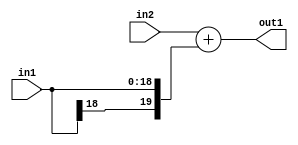
`timescale 1ps / 1ps
/*****************************************************************************
    Verilog RTL Description
    
    
    Created by: Stratus DpOpt 2019.1.01 
*******************************************************************************/

module SobelFilter_Add_20Sx19S_20S_1 (
	in2,
	in1,
	out1
	); /* architecture "behavioural" */ 
input [19:0] in2;
input [18:0] in1;
output [19:0] out1;
wire [19:0] asc001;

assign asc001 = 
	+(in2)
	+({in1[18], in1});

assign out1 = asc001;
endmodule

/* CADENCE  ubLzQwE= : u9/ySgnWtBlWxVPRXgAZ4Og= ** DO NOT EDIT THIS LINE ******/